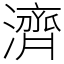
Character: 濟